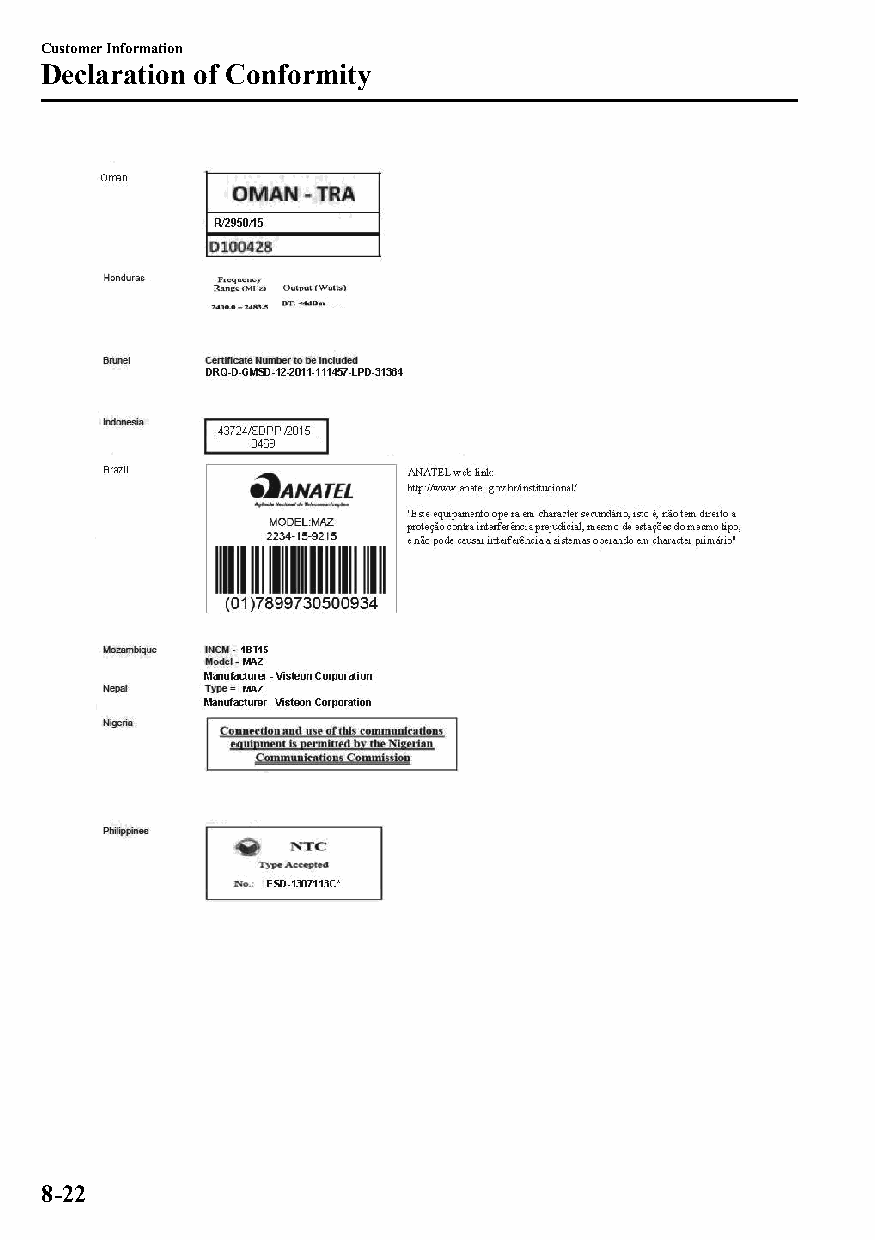
Customer Information
 Declaration of Conformity
 8-22
 CX-3_8GT4-EE-18D_Edition4                  2018-9-6 18:32:19